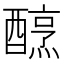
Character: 𨢶